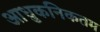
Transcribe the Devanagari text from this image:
आधुकनिकतम